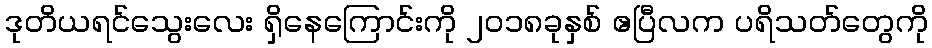
ဒုတိယရင်သွေးလေး ရှိနေကြောင်းကို ၂၀၁၈ခုနှစ် ဧပြီလက ပရိသတ်တွေကို